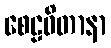
စေဠဝိတာနာ